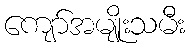
ကျော်အမျိုးသမီး